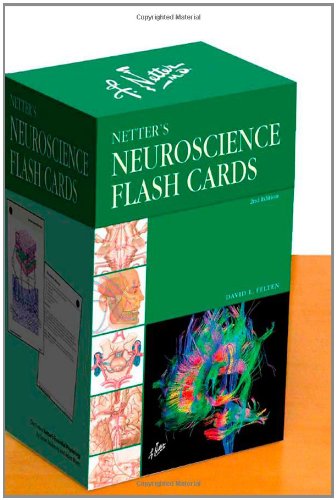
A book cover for Netter's Neuroscience Flash Cards, 2e (Netter Basic Science); David L. Felten MD  PhD; Medical Books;